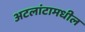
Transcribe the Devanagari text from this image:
अटलांटामधील